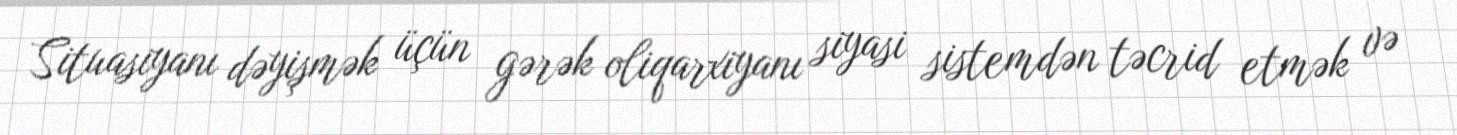
Situasiyanı dəyişmək üçün gərək oliqarxiyanı siyasi sistemdən təcrid etmək və